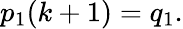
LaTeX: p_{1}(k+1)=q_{1}.